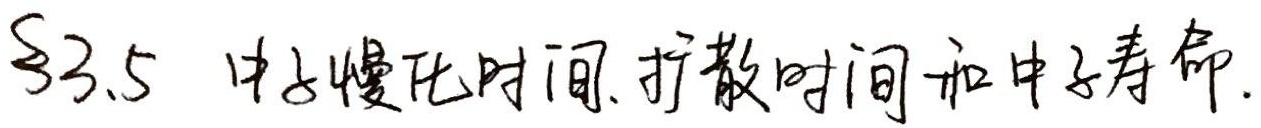
§3.5 中子慢化时间、扩散时间和中子寿命.